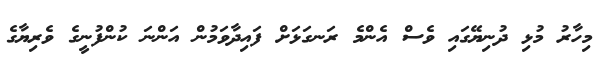
މިހާރު މުޅި ދުނިޔޭގައި ވެސް އެންމެ ރަނގަޅަށް ފައިދާވަމުން އަންނަ ކުންފުނީގެ ވެރިޔާގެ